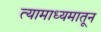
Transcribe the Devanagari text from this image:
त्यामाध्यमातून